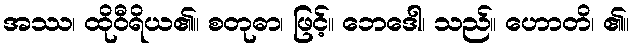
အဿ၊ ထိုဝီရိယ၏။ စတုဓာ၊ ဖြင့်။ ဘေဒေါ၊ သည်။ ဟောတိ၊ ၏။